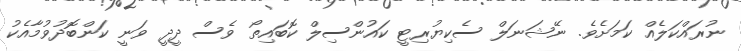
ނުރައްކަލެއް ކަމަށެވެ. ނޭޝަނަލް ސެކިޔުރިޓީ ކައުންސިލް ކޮބައިތޯ ވެސް ދީދީ ވަނީ ކަންބޮދުވުމާއެކު